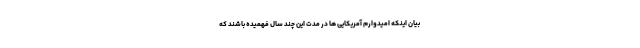
بیان اینکه امیدوارم آمریکایی ها در مدت این چند سال فهمیده باشند که